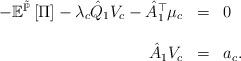
LaTeX: \begin{align*}\begin{array}{rcl}-\mathbb{E}^{\tilde{\mathbb{P}}}\left[\Pi\right]-\lambda_{c}\hat{Q}_{1}V_{c}-\hat{A}_{1}^{\top}\mu_{c} & = & 0\\\\\hat{A}_{1}V_{c} & = & a_{c}.\end{array}\end{align*}